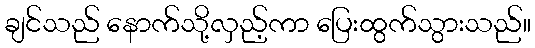
ချင်သည် နောက်သို့လှည့်ကာ ပြေးထွက်သွားသည်။